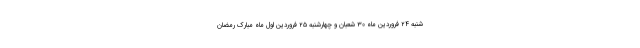
شنبه ۲۴ فروردین ماه ۳۰ شعبان و چهارشنبه ۲۵ فروردین اول ماه مبارک رمضان